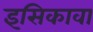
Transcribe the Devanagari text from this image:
इसिकावा